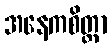
အနေကစိတ္တာ